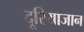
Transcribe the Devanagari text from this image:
दूरियाजान